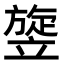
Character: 𥪱